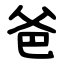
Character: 爸